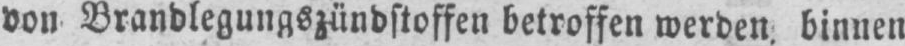
von Brandlegungszündstoffen betroffen werden, binnen